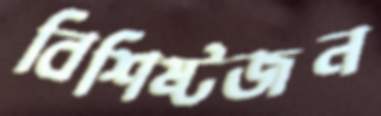
বিশিষ্টজন